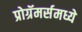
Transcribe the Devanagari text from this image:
प्रोग्रॅमर्समध्ये